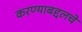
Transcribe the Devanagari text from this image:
करण्याबद्दलचे